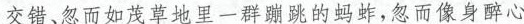
交错、忽而如茂草地里一群蹦跳的蚂蚱，忽而像身醉心